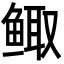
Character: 鲰